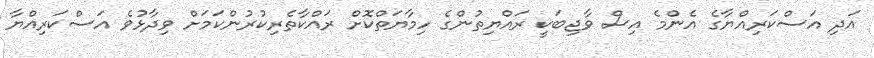
އަދި އަސްކަރިއްޔާގެ އެންމެ އިސް ވާޖިބަކީ ރައްޔިތުންގެ ހިމާޔަތްކޮށް ރައްކާތެރިކުރުންކަމަށް ވިދާޅުވެ އަސްކަރިއްޔާ